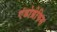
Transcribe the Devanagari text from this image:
एंडोग्रेफिस